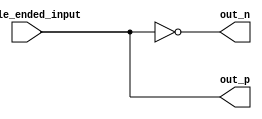
module differential_buffer (
    input wire single_ended_input,
    output wire out_p,
    output wire out_n
);

assign out_p = single_ended_input;
assign out_n = ~single_ended_input;

endmodule